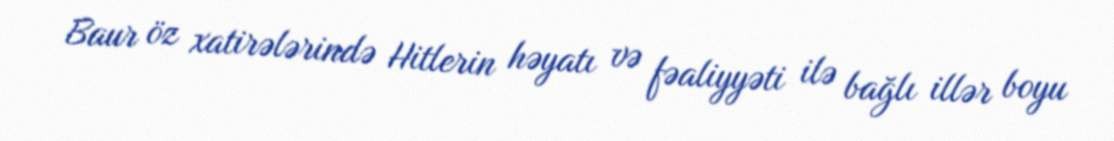
Baur öz xatirələrində Hitlerin həyatı və fəaliyyəti ilə bağlı illər boyu